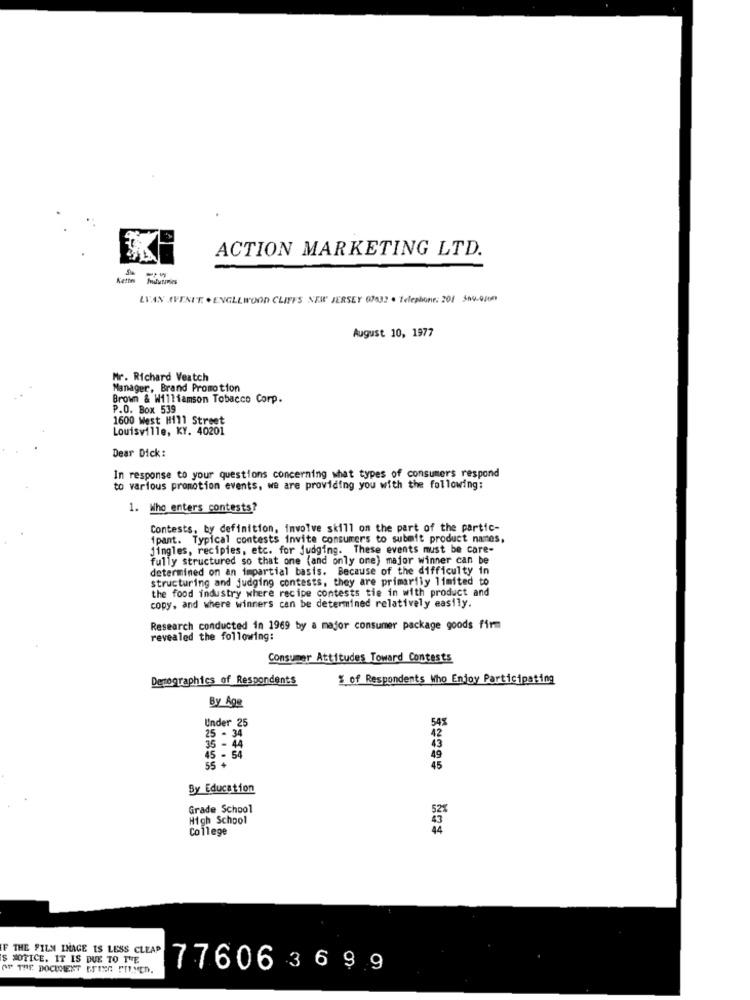
ACTION MARKETING LTD.
Kettes
Ifutamles
LVAN AVENUE . ENGLLWOOD CLIFFS NEW JERSEY 07632 . Telephone: 201 300.0000
August 10, 1977
Mr. Richard Veatch
Manager, Brand Promotion
Brown & Williamson Tobacco Corp.
P.O. Box 539
1600 West Hill Street
Louisville, KY. 40201
Dear Dick:
In response to your questions concerning what types of consumers respond
to various promotion events, we are providing you with the following:
1. Who enters contests?
Contests, by definition, involve skill on the part of the partic-
1pant. Typical contests invite consumers to submit product names,
Jingles, recipies, etc. for Judging. These events must be care-
fully structured so that one (and only one) major winner can be
determined on an impartial basis. Because of the difficulty in
structuring and judging contests, they are primarily limited to
the food industry where recipe contests tie in with product and
copy, and where winners can be determined relatively easily.
Research conducted in 1969 by a major consumer package goods firm
revealed the following:
Consumer Attitudes Toward Contests
Demographics of Respondents
$ of Respondents Who Enjoy Participating
By Age
545
Under 25
42
25 - 34
35 - 44
43
5 - 54
49
55 +
45
By Education
Grade School
High School
College
F THE FILM IMAGE IS LESS CLEAR
$ NOTICE. IT IS DUE TO THE
OF THE DOCUMENT GOING FILMEN.
77606 3699